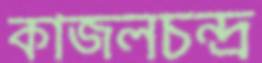
কাজলচন্দ্র